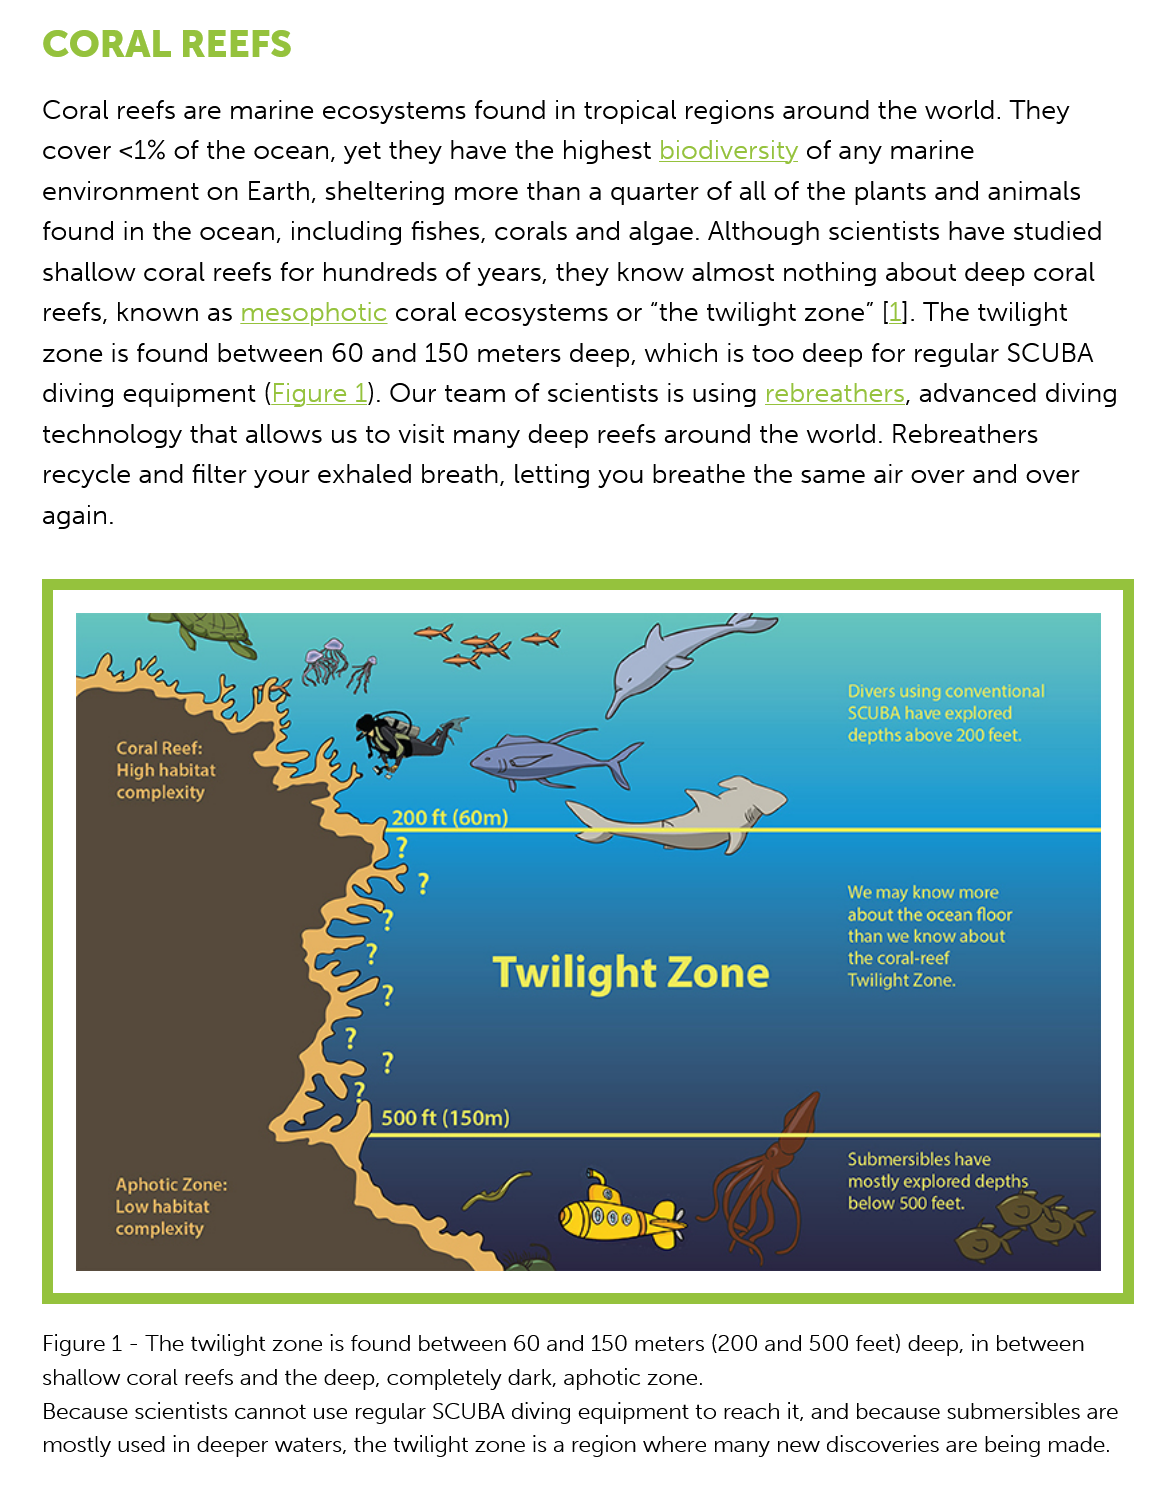
CORAL    REEFS
    Coral reefs are marine ecosystems found in  tropical regions around the world. They
    cover <1%  of the ocean, yet they have the highest biodiversity of any marine
    environment   on Earth, sheltering more than a quarter of all of the plants and animals
    found  in the ocean, including fishes, corals and algae. Although scientists have studied
    shallow coral reefs for hundreds of years, they know almost  nothing about  deep coral
    reefs, known  as mesophotic  coral ecosystems or “the twilight zone” [1]. The twilight
    zone is found between   60 and 150  meters deep, which  is too deep for regular SCUBA
    diving equipment (Figure   1). Our team of scientists is using rebreathers, advanced diving
    technology  that allows us to visit many deep reefs around the world. Rebreathers
    recycle and filter your exhaled breath, letting you breathe the same air over and over
    again.
    Figure 1
     -
     The twilight zone is found between 60 and 150 meters (200 and 500 feet) deep, in between
    shallow coral reefs and the deep, completely dark, aphotic zone.
    Because scientists cannot use regular SCUBA diving equipment to reach it, and because submersibles are
    mostly used in deeper waters, the twilight zone is a region where many new discoveries are being made.
     Ss
     Cet
     Pee  ater
     complexity
     200 ft (60m)
     PN) irl er Aol
     RN  Sicls
     Revd  iS
     Ee   Ge)
     Twilight    Zone
     Submersibles have
     mostly explored depth:
     Ee    (a   ie
     NTE  ale aed
     Era   ere loos
     than we know about
     Release
     Twilight Zone.
     Divers using conventional
     SCUBA have explored.
     Te   lech Pula